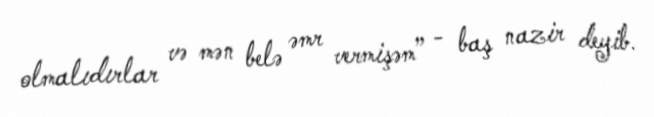
olmalıdırlar və mən belə əmr vermişəm” - baş nazir deyib.